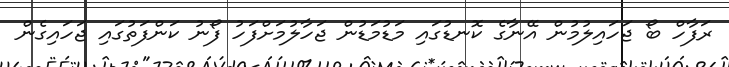
ރަފާހް ބޯ ޖަހައިލުމުން އޭނާގެ ކޮނޑުގައި މަޑުމަޑުން ޖަހާލުމަށްފަހު ފޯނު ކަންފަތުގައި ޖަހައިގެން